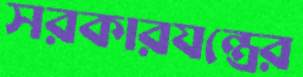
সরকারযন্ত্রের